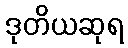
ဒုတိယဆုရ